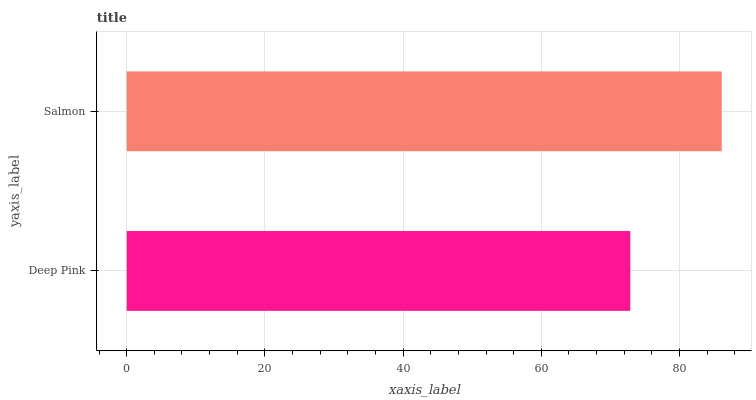
| yaxis_label | bars |
 | --- | --- |
 | Deep Pink | 72.9 |
 | Salmon | 86.1 |